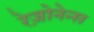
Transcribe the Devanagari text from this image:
रेज़ोनेन्स